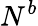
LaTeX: N^{b}